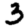
Digit: 3